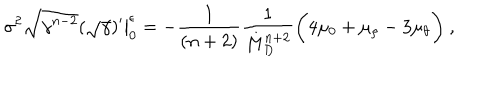
\sigma ^ { 2 } \sqrt { \gamma ^ { n - 2 } } ( \sqrt { \gamma } ) ^ { \prime } \big | _ { 0 } ^ { \epsilon } = - \frac { 1 } { ( n + 2 ) } \frac { 1 } { M _ { D } ^ { n + 2 } } \bigg ( 4 \mu _ { 0 } + \mu _ { \rho } - 3 \mu _ { \theta } \bigg ) ~ ,